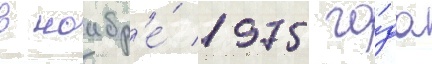
в ноабр'е́ 1975 го́да